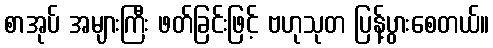
စာအုပ် အများကြီး ဖတ်ခြင်းဖြင့် ဗဟုသုတ ပြန့်ပွားစေတယ်။